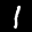
Label: 1